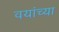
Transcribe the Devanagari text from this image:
वयांच्या